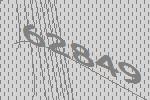
62849